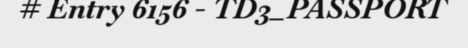
# Entry 6156 - TD3_PASSPORT